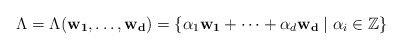
\begin{align*}\Lambda = \Lambda(\mathbf{w_1}, \dots, \mathbf{w_d}) =\{ \alpha_1 \mathbf{w_1} + \dots + \alpha_d \mathbf{w_d} \mid \alpha_i \in \mathbb{Z} \}\end{align*}